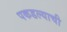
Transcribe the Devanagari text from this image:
पकडल्याची